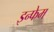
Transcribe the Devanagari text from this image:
इन्फेम